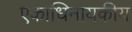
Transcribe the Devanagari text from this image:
एकाधिनायकीय